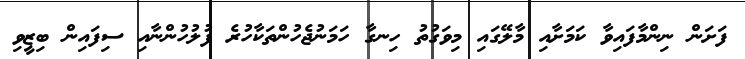
ފަށަން ނިންމާފައިވާ ކަމަށާއި މާލޭގައި މިވަގުތު ހިނގާ ހަމަނުޖެހުންތަކާހުރެ ފުލުހުންނާއި ސިފައިން ބިޒީވި